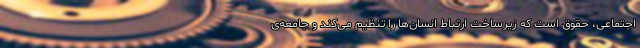
اجتماعی، حقوق است که زیرساخت ارتباط انسان‌ها را تنظیم می‌کند و جامعه‌ی